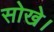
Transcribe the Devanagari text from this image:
सोखे।